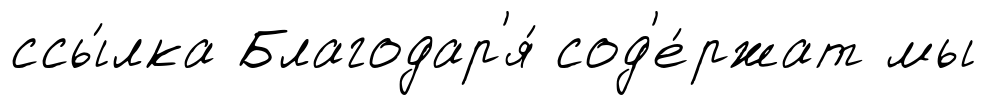
ссы́лка Благодар'я́ сод'е́ржат мы